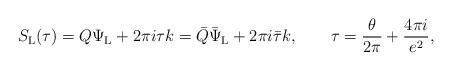
LaTeX: \begin{align*}S_{\rm L}(\tau) = Q \Psi_{\rm L} + 2 \pi i \tau k =\bar{Q} \bar{\Psi}_{\rm L} + 2 \pi i \bar{\tau} k,\qquad\tau = \frac{\theta}{2 \pi} + \frac{4 \pi i}{e^2},\end{align*}